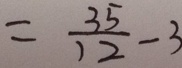
= \frac { 3 5 } { 1 2 } - 3